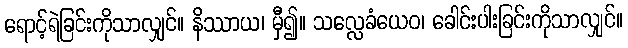
ရောင့်ရဲခြင်းကိုသာလျှင်။ နိဿာယ၊ မှီ၍။ သလ္လေခံယေဝ၊ ခေါင်းပါးခြင်းကိုသာလျှင်။